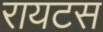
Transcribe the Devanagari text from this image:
रायटस